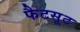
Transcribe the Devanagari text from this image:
फैटसूट